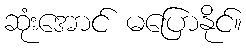
ဆုံးအောင် မပြောနိုင်။